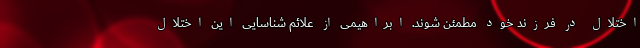
اختلال در فرزند خود مطمئن شوند. ابراهیمی از علائم شناسایی این اختلال